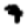
Digit: 7